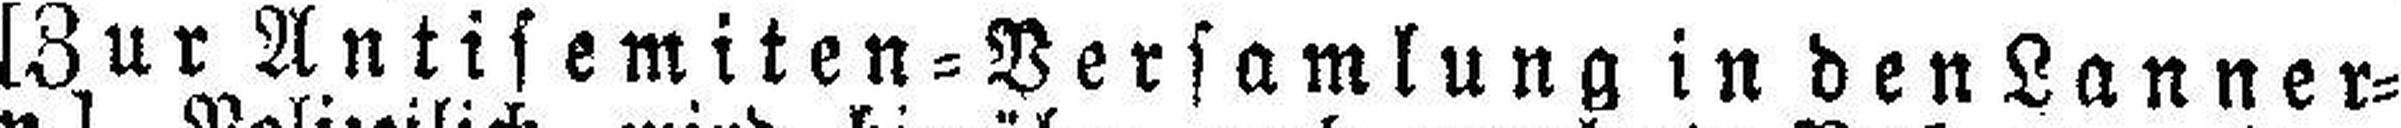
[Zur Antisemiten=Versamlung in den Lanner¬